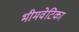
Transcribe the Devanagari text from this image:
भीमवेटिका